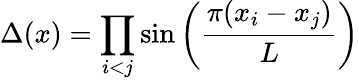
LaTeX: \Delta(x)=\prod_{i<j}\sin\left({\frac{\pi(x_{i}-x_{j})}{L}}\right)